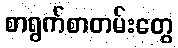
စာရွက်စာတမ်းတွေ